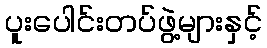
ပူးပေါင်းတပ်ဖွဲ့များနှင့်